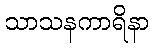
သာသနကာရိနာ